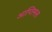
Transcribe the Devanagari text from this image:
आप्तिमस